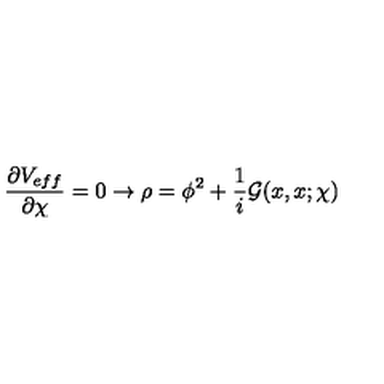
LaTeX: \frac { \partial V _ { e f f } } { \partial \chi } = 0 \rightarrow \rho = \phi ^ { 2 } + \frac { 1 } { i } { \mathcal G } ( x , x ; \chi )